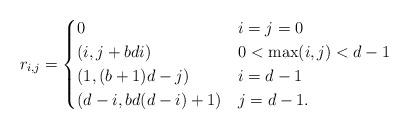
LaTeX: \begin{align*} r_{i,j} = \begin{cases} 0 & i=j=0 \\ (i, j + bdi) & 0< \max(i,j) < d-1\\ (1, (b+1)d-j) & i= d-1 \\ (d-i, bd(d-i)+1) & j= d-1.\\ \end{cases}\end{align*}